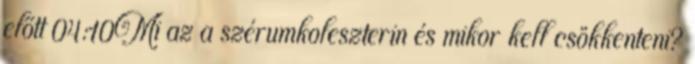
előtt 04:10Mi az a szérumkoleszterin és mikor kell csökkenteni?